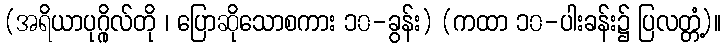
(အရိယာပုဂ္ဂိုလ်တို ၊ ပြောဆိုသောစကား ၁၀-ခွန်း) (ကထာ ၁၀-ပါးခန်း၌ ပြလတ္တံ့)။